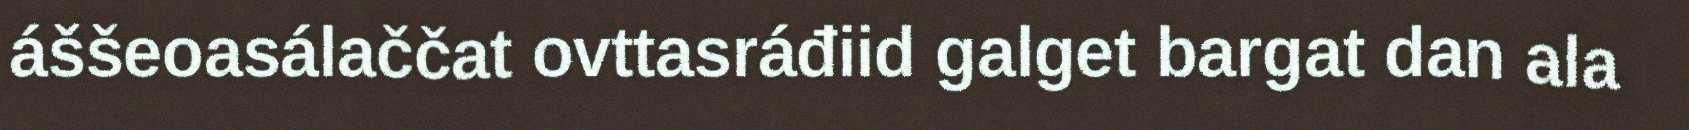
áššeoasálaččat ovttasráđiid galget bargat dan ala